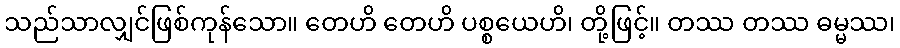
သည်သာလျှင်ဖြစ်ကုန်သော။ တေဟိ တေဟိ ပစ္စယေဟိ၊ တို့ဖြင့်။ တဿ တဿ ဓမ္မဿ၊